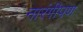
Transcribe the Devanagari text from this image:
नारंगीपण